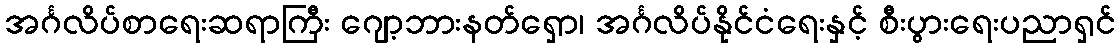
အင်္ဂလိပ်စာရေးဆရာကြီး ဂျော့ဘားနတ်ရှော၊ အင်္ဂလိပ်နိုင်ငံရေးနှင့် စီးပွားရေးပညာရှင်